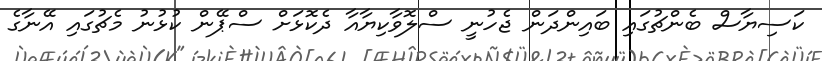
ކަސިޔާސް ބެންޗުގައި ބައިންދަން ޖެހުނީ ސްލޮވާކިޔާއާ ދެކޮޅަށް ސްޕޭން ކުޅުނު މެޗުގައި އޭނާގެ